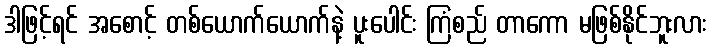
ဒါဖြင့်ရင် အစောင့် တစ်ယောက်ယောက်နဲ့ ပူးပေါင်း ကြံစည် တာကော မဖြစ်နိုင်ဘူးလား